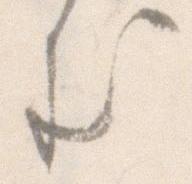
む